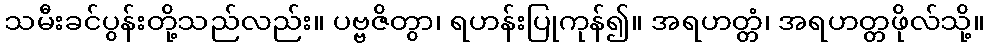
သမီးခင်ပွန်းတို့သည်လည်း။ ပဗ္ဗဇိတွာ၊ ရဟန်းပြုကုန်၍။ အရဟတ္တံ၊ အရဟတ္တဖိုလ်သို့။